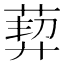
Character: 𦳴